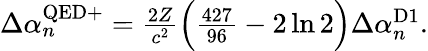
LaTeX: \begin{array}{r}{\Delta\alpha_{n}^{\mathrm{QED+}}=\frac{2Z}{c^{2}}\Big(\frac{427}{96}-2\ln 2\Big)\Delta\alpha_{n}^{\mathrm{D1}}.}\end{array}